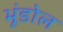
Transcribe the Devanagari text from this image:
भूंडोल